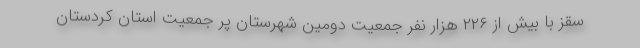
سقز با بیش از ۲۲۶ هزار نفر جمعیت دومین شهرستان پر جمعیت استان کردستان